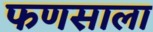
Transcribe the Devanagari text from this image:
फणसाला